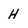
Character: H